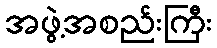
အဖွဲ့အစည်းကြီး